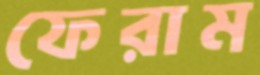
ফেরাম